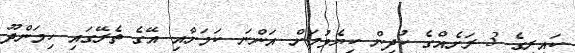
ކައިރީގެ 3 ރަށެއްގެ ކުދިން ކިޔެވުމަށް އަންނަ ކަމަށާއި އޭގެ ތެރޭގައި ހިމަންދޫ